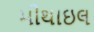
મીથાઇલ